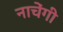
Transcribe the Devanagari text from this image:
नाचेंगी